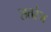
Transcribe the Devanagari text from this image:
सतरंज